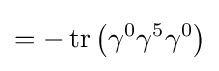
=-\operatorname {tr} \left(\gamma ^{0}\gamma ^{5}\gamma ^{0}\right)